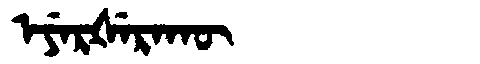
Manchu: ᡝᠶᡝᡵᡧᡝᡵᠠᡴᡡ
Romanization: EYERŠERAKŪ